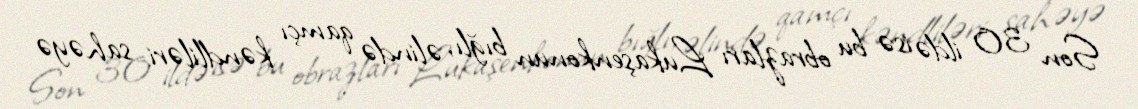
Son 30 ildə isə bu obrazları Lukaşenkonun bığlı, əlində qamçı kəndliləri sahəyə